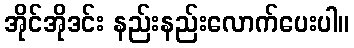
အိုင်အိုဒင်း နည်းနည်းလောက်ပေးပါ။